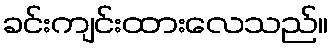
ခင်းကျင်းထားလေသည်။